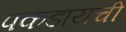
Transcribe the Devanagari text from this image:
पकडायची